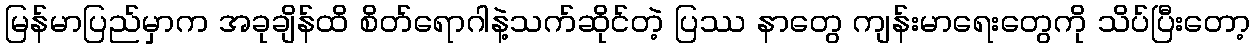
မြန်မာပြည်မှာက အခုချိန်ထိ စိတ်ရောဂါနဲ့သက်ဆိုင်တဲ့ ပြဿ နာတွေ ကျန်းမာရေးတွေကို သိပ်ပြီးတော့